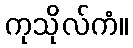
ကုသိုလ်ကံ။